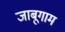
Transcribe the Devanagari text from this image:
जाबूगाम